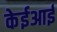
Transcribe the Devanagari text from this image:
केईआई